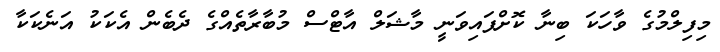
މިފިލްމުގެ ވާހަކަ ބިނާ ކޮށްފައިވަނީ މާޝަލް އާޓްސް މުބާރާތެއްގެ ދެބެން އެކަކު އަނެކަކާ